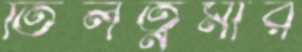
তিলত্নমার